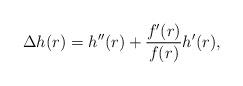
LaTeX: \begin{align*} \Delta h(r) = h''(r) + \frac{f'(r)}{f(r)} h'(r),\end{align*}